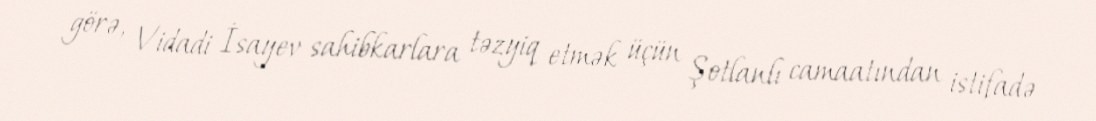
görə, Vidadi İsayev sahibkarlara təzyiq etmək üçün Şotlanlı camaatından istifadə